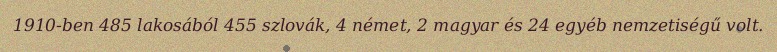
1910-ben 485 lakosából 455 szlovák, 4 német, 2 magyar és 24 egyéb nemzetiségű volt.